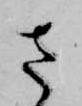
さ